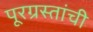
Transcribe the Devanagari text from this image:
पूरग्रस्तांची